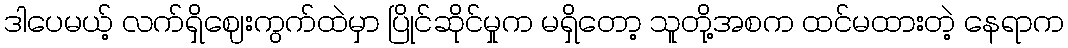
ဒါပေမယ့် လက်ရှိဈေးကွက်ထဲမှာ ပြိုင်ဆိုင်မှုက မရှိတော့ သူတို့အစက ထင်မထားတဲ့ နေရာက